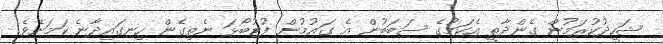
ޝަހީދުކުރަމުން ގެންދާތީ އެކަމުގެ ސަބަބުން އެ ގައުމުން ފުޓުބޯޅަ ނެތިގެން ހިނގައިދާނެ ކަމަށެވެ.